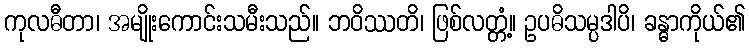
ကုလဓီတာ၊ အမျိုးကောင်းသမီးသည်။ ဘဝိဿတိ၊ ဖြစ်လတ္တံ့။ ဥပဓိသမ္ပဒါပိ၊ ခန္ဓာကိုယ်၏